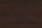
حالها